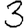
Digit: 3